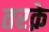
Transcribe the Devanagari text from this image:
तरक़े